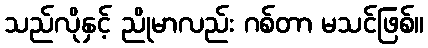
သည်လိုနှင့် ညိုမာလည်း ဂစ်တာ မသင်ဖြစ်။